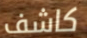
كاشف